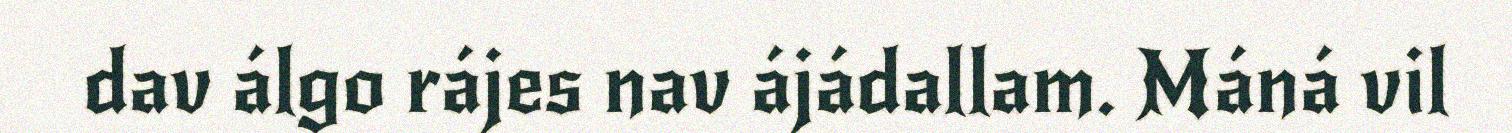
dav álgo rájes nav ájádallam. Máná vil